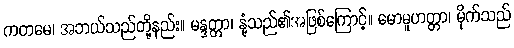
ကတမေ၊ အဘယ်သည်တို့နည်း။ မန္ဒတ္တာ၊ နုံ့သည်၏အဖြစ်ကြောင့်။ မောမူဟတ္တာ၊ မိုက်သည်